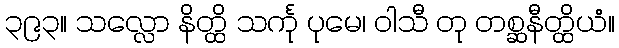
၃၉၃။ သလ္လော နိတ္ထိ သင်္ကု ပုမေ၊ ဝါသီ တု တစ္ဆနီတ္ထိယံ။